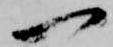
一